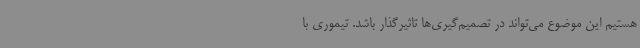
هستیم این موضوع می‌تواند در تصمیم‌گیری‌ها تاثیرگذار باشد. تیموری با